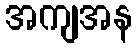
အကျအန